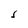
Character: J